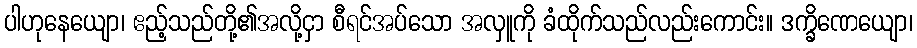
ပါဟုနေယျော၊ ဧည့်သည်တို့၏အလို့ငှာ စီရင်အပ်သော အလှူကို ခံထိုက်သည်လည်းကောင်း။ ဒက္ခိဏေယျော၊